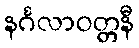
နင်္ဂလာဝတ္တနီ